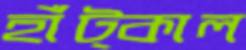
হাঁট্‌কাল